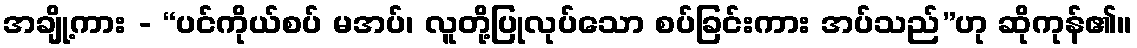
အချို့ကား - “ပင်ကိုယ်စပ် မအပ်၊ လူတို့ပြုလုပ်သော စပ်ခြင်းကား အပ်သည်”ဟု ဆိုကုန်၏။